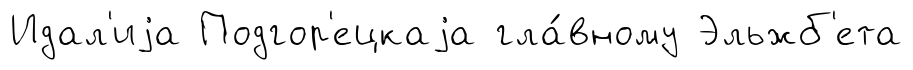
Идал'иjа Подгор'ецкаjа гла́вному Эльжб'ета